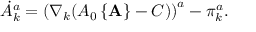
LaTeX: \dot { A } _ { k } ^ { a } = \left( \nabla _ { k } ( A _ { 0 } \left\{ { \bf A } \right\} - C ) \right) ^ { a } - \pi _ { k } ^ { a } .